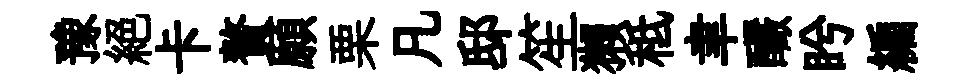
豫絶卡贅願栗凡邸笙獺秪聿釅盻編